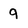
Character: 9